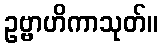
ဥဗ္ဗာဟိကာသုတ်။